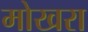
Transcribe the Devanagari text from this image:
मोखरा